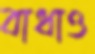
বাধাও